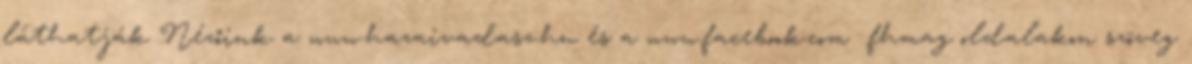
láthatják Nézőink a www.hazaivadasz.hu és a www.facebook.com fhmag oldalakon szöveg